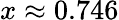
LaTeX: x\approx 0.746